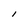
Character: l